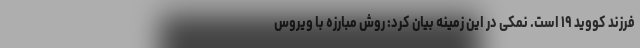
فرزند کووید ۱۹ است. نمکی در این زمینه بیان کرد: روش مبارزه با ویروس